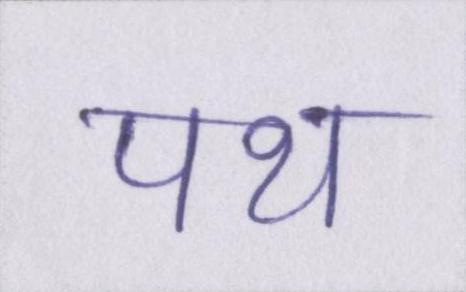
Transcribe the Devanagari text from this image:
पथ